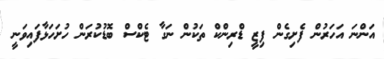
އަންނަ އަހަރުން ފެށިގެން ފިޒީ ޑްރިންކް ތަކުން ނަގާ ޓެކްސް ބޮޑުކުރަން ހުށަހަޅާފައިވަނީ